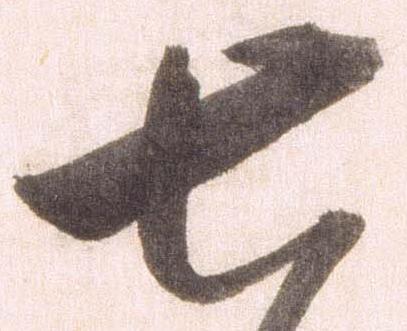
七